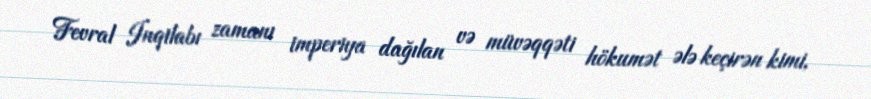
Fevral Inqilabı zamanı imperiya dağılan və müvəqqəti hökumət ələ keçirən kimi,